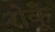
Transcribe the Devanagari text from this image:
रोकूँ